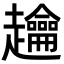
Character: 䟑